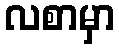
လစာမှာ